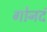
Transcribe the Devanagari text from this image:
गोनदं